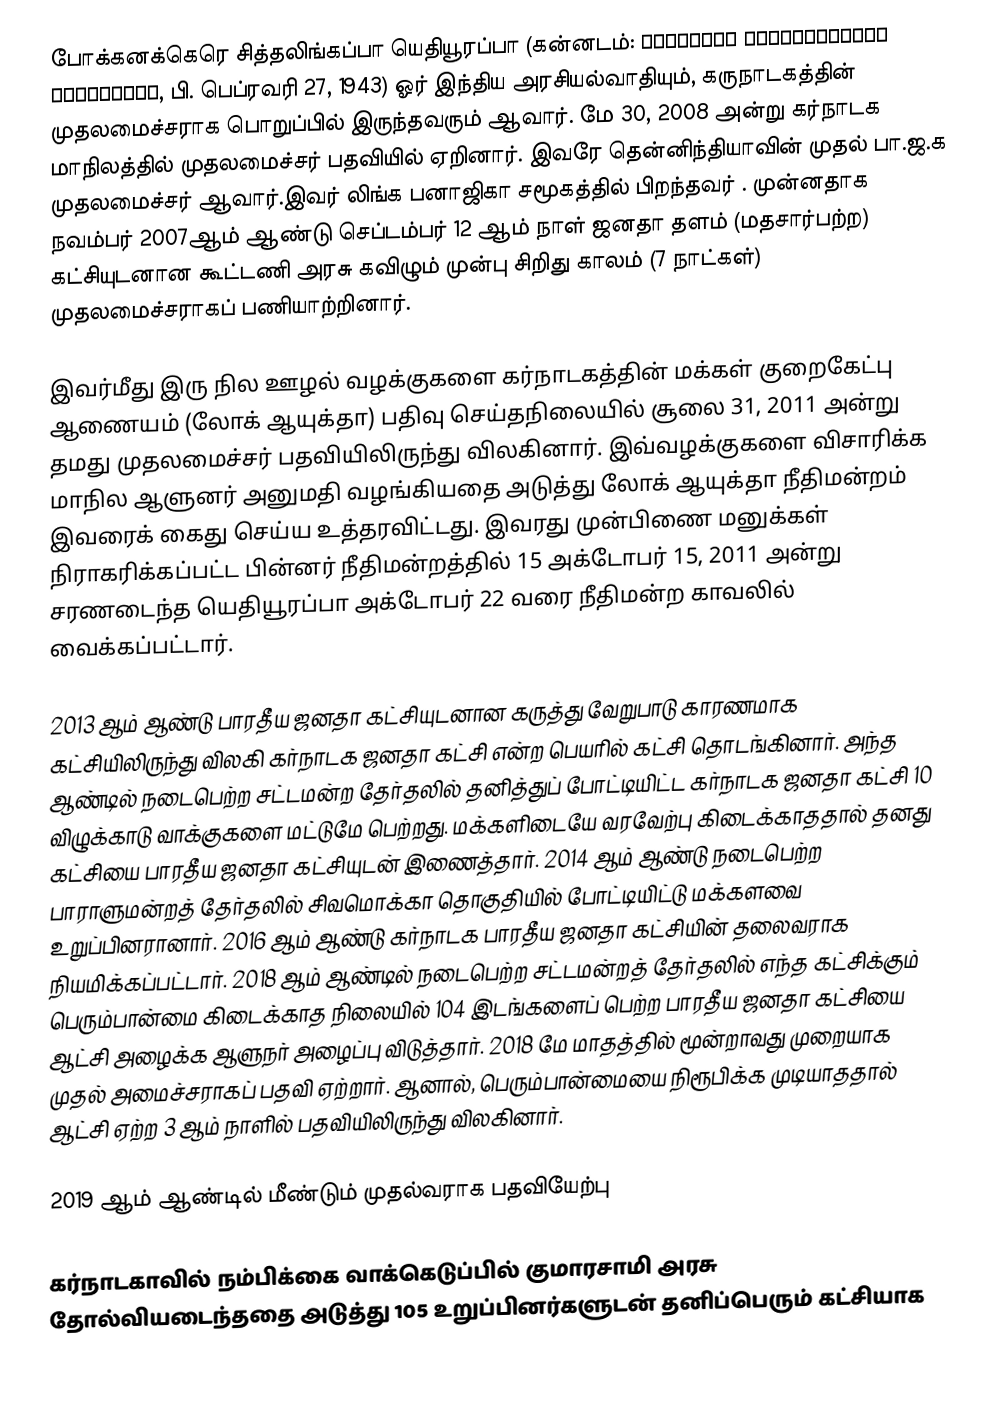
போக்கனக்கெரெ சித்தலிங்கப்பா யெதியூரப்பா (கன்னடம்: ಬೋಕನಕೆರೆ ಸಿದ್ಧಲಿಂಗಪ್ಪ ಯಡಿಯೂರಪ್ಪ, பி. பெப்ரவரி 27, 1943) ஓர் இந்திய அரசியல்வாதியும், கருநாடகத்தின்  முதலமைச்சராக பொறுப்பில் இருந்தவரும் ஆவார். மே 30, 2008 அன்று கர்நாடக மாநிலத்தில் முதலமைச்சர் பதவியில் ஏறினார். இவரே தென்னிந்தியாவின் முதல் பா.ஜ.க முதலமைச்சர் ஆவார்.இவர் லிங்க பனாஜிகா சமூகத்தில் பிறந்தவர் . முன்னதாக நவம்பர் 2007ஆம் ஆண்டு செப்டம்பர் 12 ஆம் நாள் ஜனதா தளம் (மதசார்பற்ற) கட்சியுடனான கூட்டணி அரசு கவிழும் முன்பு சிறிது காலம் (7 நாட்கள்) முதலமைச்சராகப் பணியாற்றினார்.

இவர்மீது இரு நில ஊழல் வழக்குகளை கர்நாடகத்தின் மக்கள் குறைகேட்பு ஆணையம் (லோக் ஆயுக்தா) பதிவு செய்தநிலையில் சூலை 31, 2011 அன்று தமது முதலமைச்சர் பதவியிலிருந்து விலகினார். இவ்வழக்குகளை விசாரிக்க மாநில ஆளுனர் அனுமதி வழங்கியதை அடுத்து லோக் ஆயுக்தா நீதிமன்றம் இவரைக் கைது செய்ய உத்தரவிட்டது. இவரது முன்பிணை மனுக்கள் நிராகரிக்கப்பட்ட பின்னர்  நீதிமன்றத்தில் 15 அக்டோபர் 15, 2011 அன்று சரணடைந்த யெதியூரப்பா அக்டோபர் 22 வரை நீதிமன்ற காவலில் வைக்கப்பட்டார்.

2013 ஆம் ஆண்டு பாரதீய ஜனதா கட்சியுடனான கருத்து வேறுபாடு காரணமாக கட்சியிலிருந்து விலகி கர்நாடக ஜனதா கட்சி என்ற பெயரில் கட்சி தொடங்கினார். அந்த ஆண்டில் நடைபெற்ற சட்டமன்ற தேர்தலில் தனித்துப் போட்டியிட்ட கர்நாடக ஜனதா கட்சி 10 விழுக்காடு வாக்குகளை மட்டுமே பெற்றது. மக்களிடையே வரவேற்பு கிடைக்காததால் தனது கட்சியை பாரதீய ஜனதா கட்சியுடன் இணைத்தார். 2014 ஆம் ஆண்டு நடைபெற்ற பாராளுமன்றத் தேர்தலில் சிவமொக்கா தொகுதியில் போட்டியிட்டு மக்களவை உறுப்பினரானார். 2016 ஆம் ஆண்டு கர்நாடக பாரதீய ஜனதா கட்சியின் தலைவராக நியமிக்கப்பட்டார். 2018 ஆம் ஆண்டில் நடைபெற்ற சட்டமன்றத் தேர்தலில் எந்த கட்சிக்கும் பெரும்பான்மை கிடைக்காத நிலையில் 104 இடங்களைப் பெற்ற பாரதீய ஜனதா கட்சியை ஆட்சி அழைக்க ஆளுநர் அழைப்பு விடுத்தார். 2018 மே மாதத்தில் மூன்றாவது முறையாக முதல் அமைச்சராகப் பதவி ஏற்றார். ஆனால், பெரும்பான்மையை நிரூபிக்க முடியாததால் ஆட்சி ஏற்ற 3 ஆம் நாளில் பதவியிலிருந்து விலகினார்.

2019 ஆம் ஆண்டில் மீண்டும் முதல்வராக பதவியேற்பு

கர்நாடகாவில் நம்பிக்கை வாக்கெடுப்பில் குமாரசாமி அரசு தோல்வியடைந்ததை அடுத்து 105 உறுப்பினர்களுடன் தனிப்பெரும் கட்சியாக